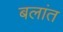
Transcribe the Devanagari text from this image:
बलांत